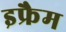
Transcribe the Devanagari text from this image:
इफ्रैम